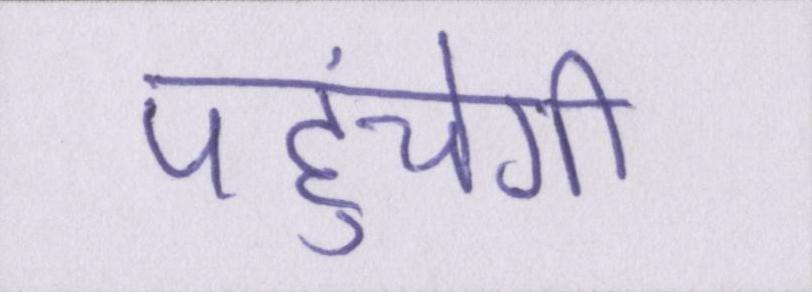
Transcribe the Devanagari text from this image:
पहुंचेगी